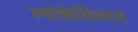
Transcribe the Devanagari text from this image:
त्यांचेशिवाय